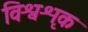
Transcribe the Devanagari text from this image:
विश्वशृक